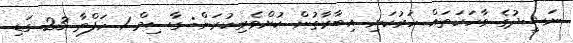
ނަޝީދުގެ ވާހަކަތައް ހަރުކަށި އިބާރާތުން ކުށްވެރިކުރަން: ގާސިމް 1 ހަފްތާ 23 ގަޑި